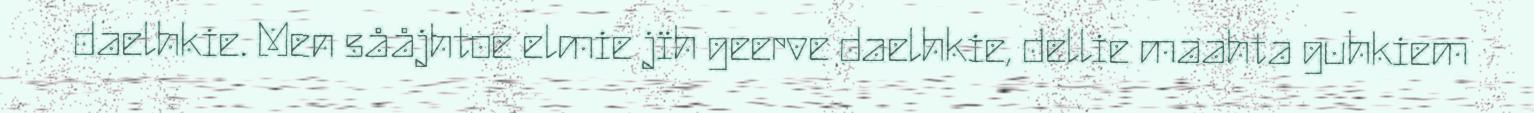
daelhkie. Men sååjhtoe elmie jïh geerve daelhkie, dellie maahta guhkiem